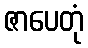
ဇာပေတုံ